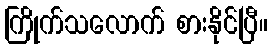
ကြိုက်သလောက် စားနိုင်ပြီ။